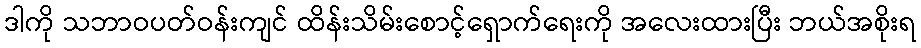
ဒါကို သဘာဝပတ်ဝန်းကျင် ထိန်းသိမ်းစောင့်ရှောက်ရေးကို အလေးထားပြီး ဘယ်အစိုးရ